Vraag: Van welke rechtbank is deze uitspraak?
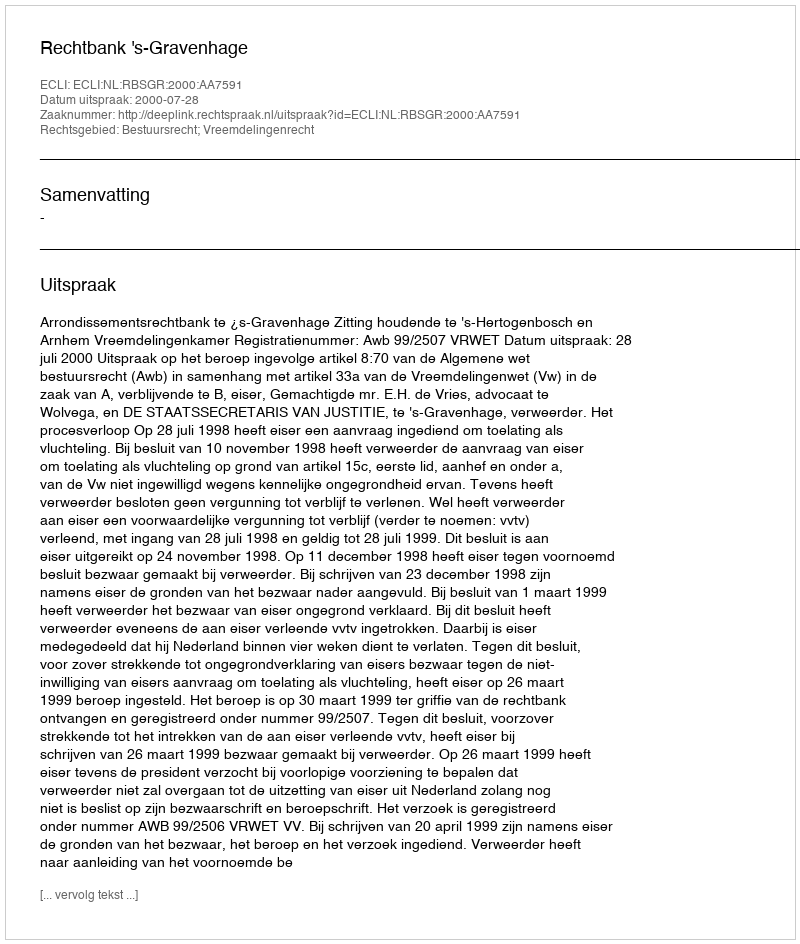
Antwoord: Rechtbank 's-Gravenhage